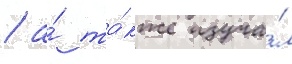
/ а́ та́кже изуча́л